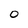
Character: O